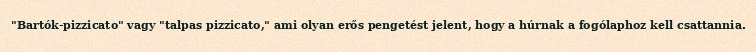
"Bartók-pizzicato" vagy "talpas pizzicato," ami olyan erős pengetést jelent, hogy a húrnak a fogólaphoz kell csattannia.